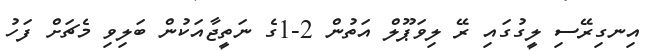
އިނގިރޭސި ލީގުގައި ރޭ ލިވަޕޫލް އަތުން 2-1ގެ ނަތީޖާއަކުން ބަލިވި މެޗަށް ފަހު